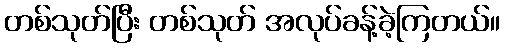
တစ်သုတ်ပြီး တစ်သုတ် အလုပ်ခန့်ခဲ့ကြတယ်။